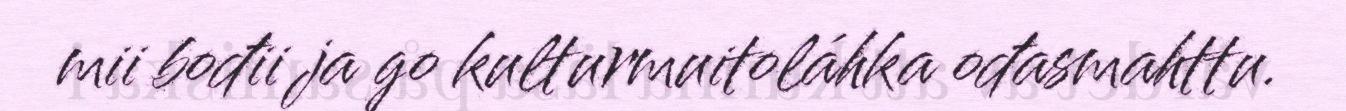
mii bođii ja go kulturmuitoláhka ođasmahttu.